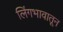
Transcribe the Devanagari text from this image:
लिंगभावातून